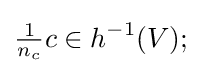
{\tfrac {1}{n_{c}}}c\in h^{-1}(V);